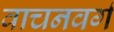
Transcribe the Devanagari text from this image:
वाचनवर्ग